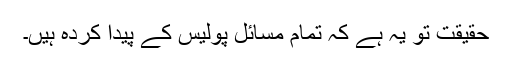
حقیقت تو یہ ہے کہ تمام مسائل پولیس کے پیدا کردہ ہیں۔